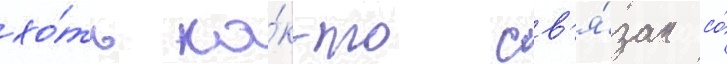
хо́ть ка́к-то св'я́зан со́